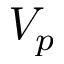
V _ { p }